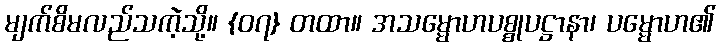
မျက်စိမလည်သကဲ့သို့။ {၀၇} တထာ။ အသမ္မောဟပစ္စုပဋ္ဌာနာ၊ ပမ္မောဟ၏